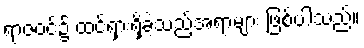
ရာဇဝင်၌ ထင်ရှားရှိခဲ့သည့်အရာများ ဖြစ်ပါသည်။